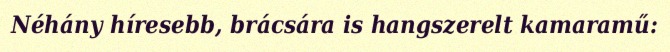
Néhány híresebb, brácsára is hangszerelt kamaramű: